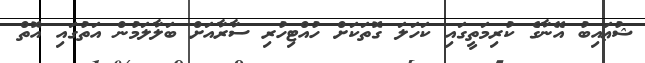
ޝުޢައިބު އޭނާގެ ކުރިމަތީގައި ކަހަލަ ގޮތަކަށް ހުއްޓިހުރި ސާރާއަށް ބަލާލަމުން އަތުގައި އޮތް